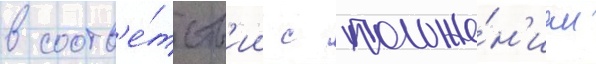
в соотв'е́тств'ии с положе́н'ием